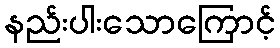
နည်းပါးသောကြောင့်